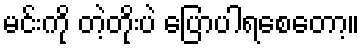
မင်းကို တဲ့တိုးပဲ ပြောပါရစေတော့။